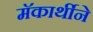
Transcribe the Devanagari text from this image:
मॅकार्थीने